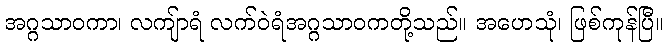
အဂ္ဂသာဝကာ၊ လကျ်ာရံ လက်ဝဲရံအဂ္ဂသာဝကတို့သည်။ အဟေသုံ၊ ဖြစ်ကုန်ပြီ။